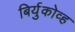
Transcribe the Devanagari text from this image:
बिर्युकोव्ह